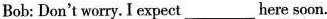
Bob: Don't worry. I expect___here soon.